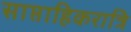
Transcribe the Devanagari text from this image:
साप्ताहिकरात्रि